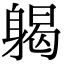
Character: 𨉪